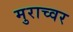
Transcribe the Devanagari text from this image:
मुराच्वर